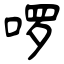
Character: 啰